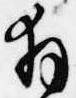
拝